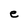
Character: e